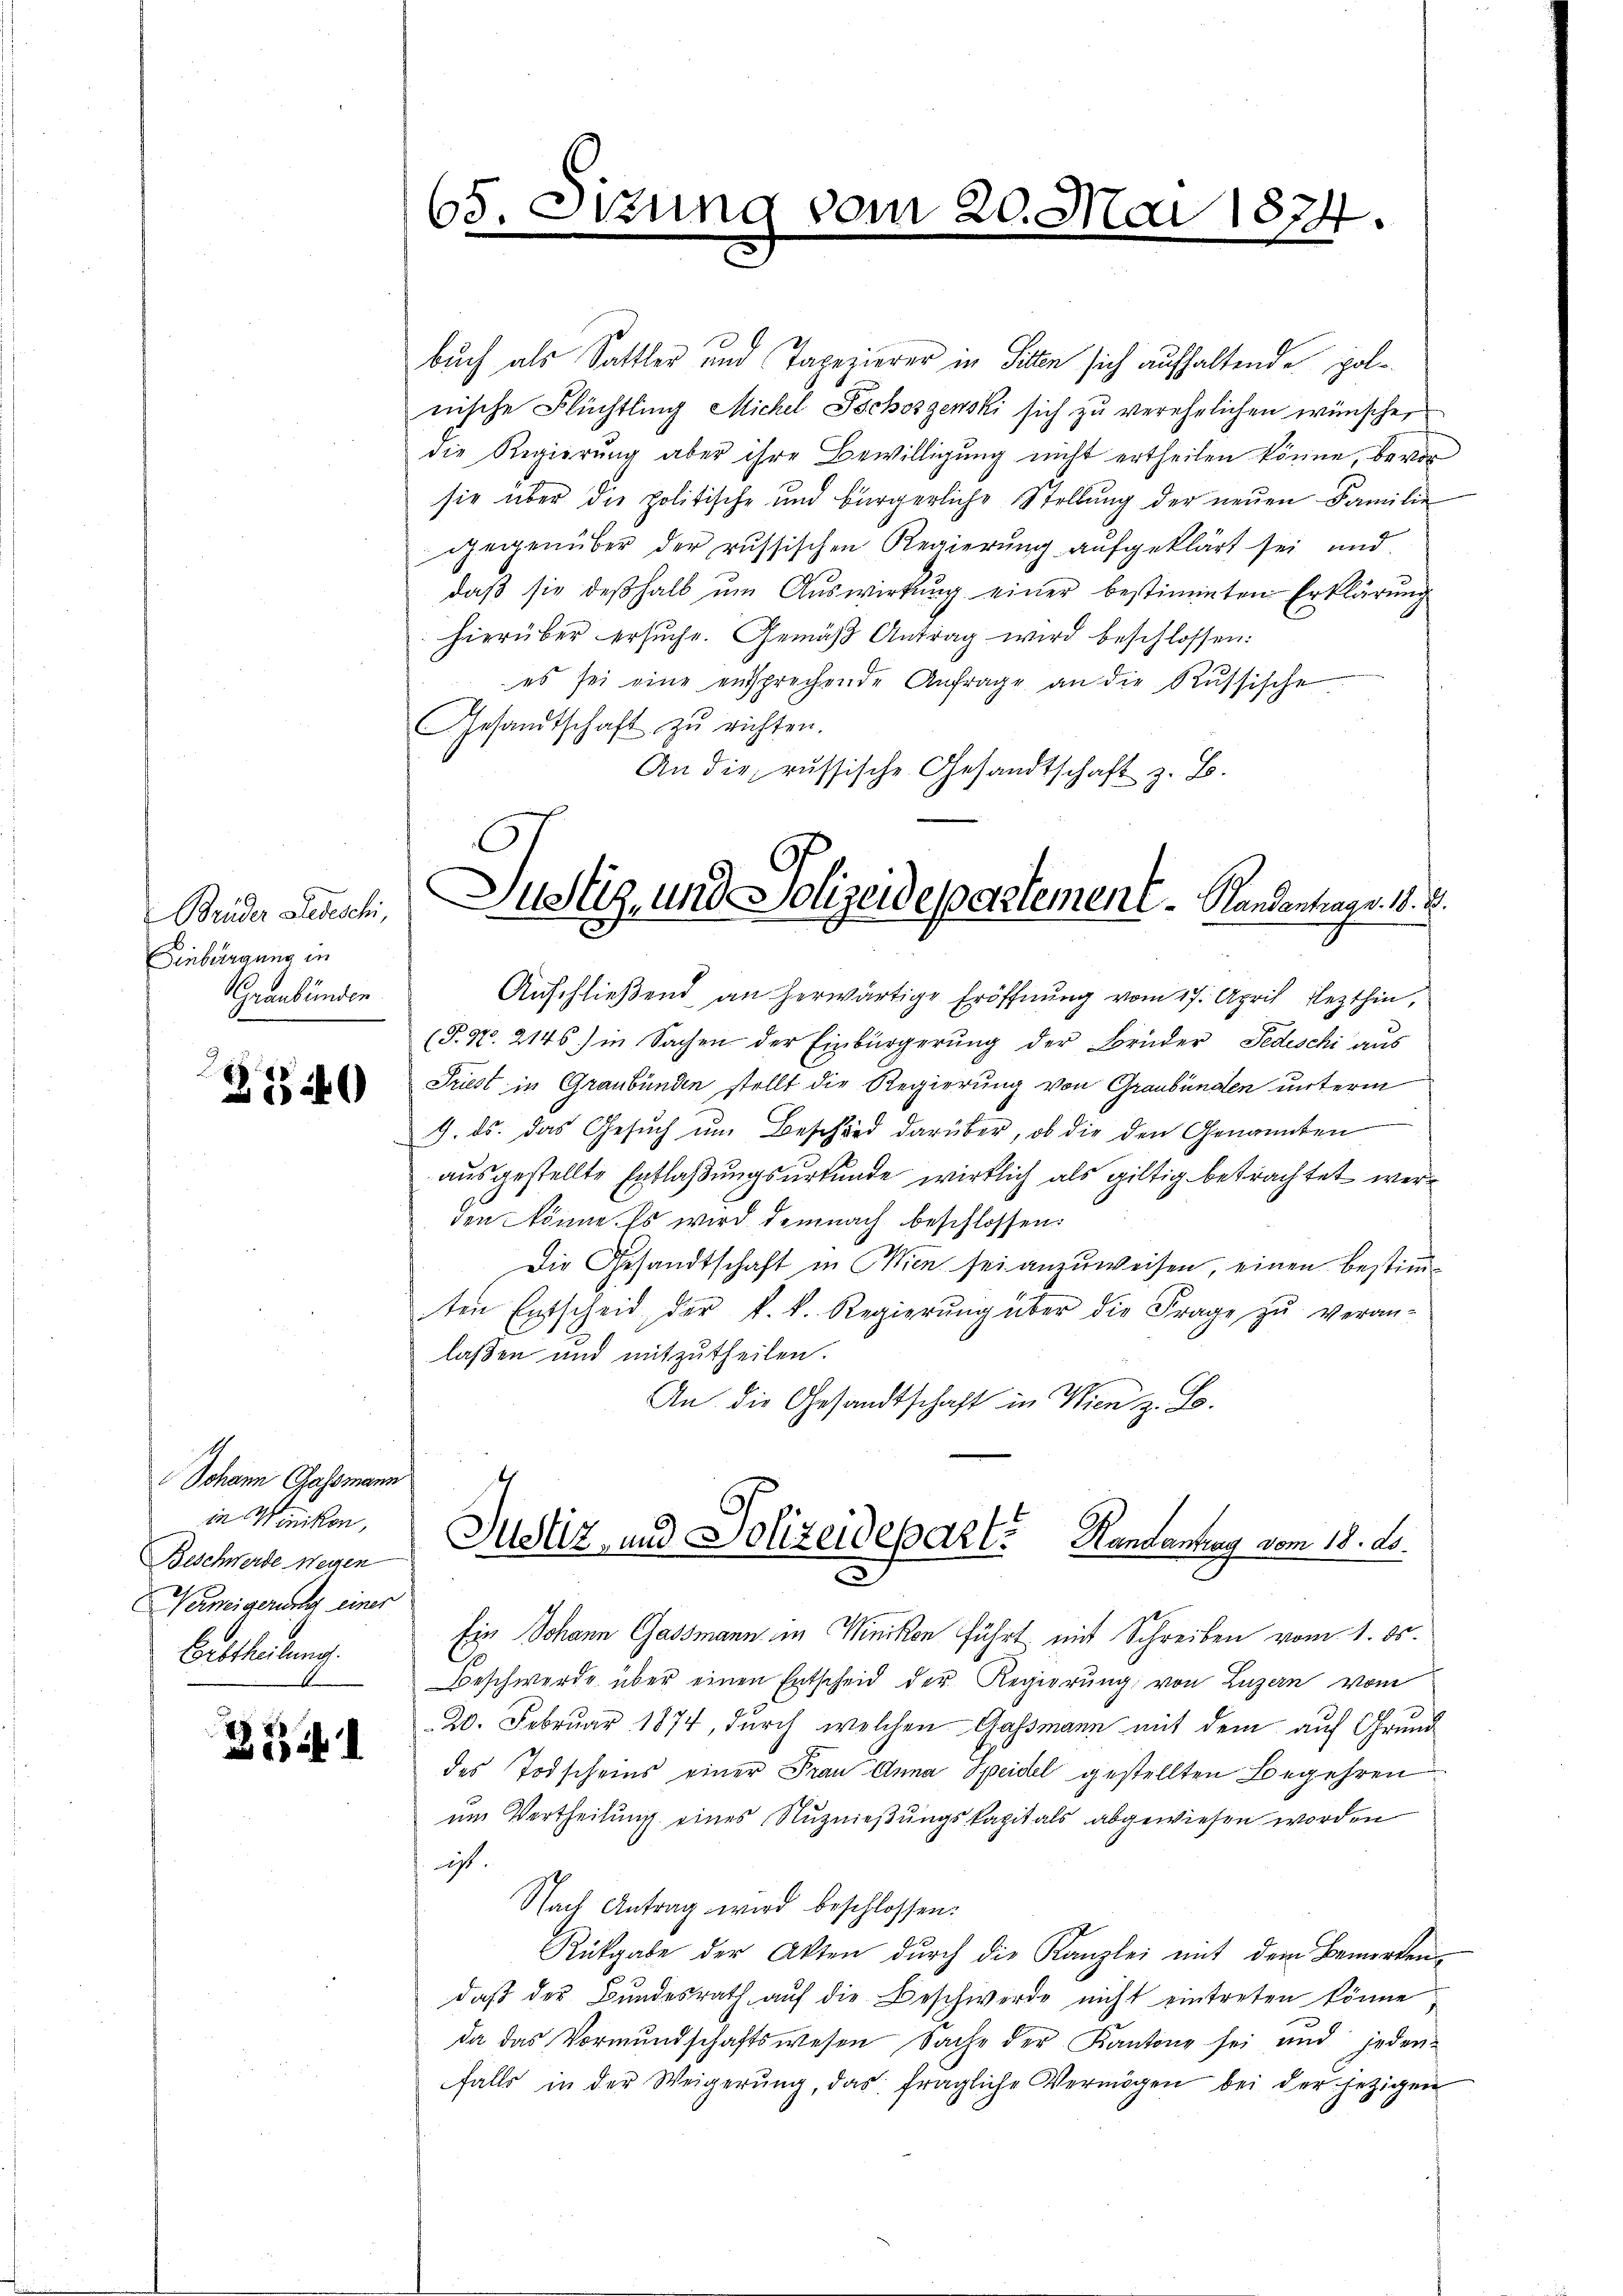
Brüder Beseschi,
Einbürgung in
Graubünden

140

Johann Gassmann
in Winikon,
Beschwerde Wegen
Verweigerung einer
Erbtheilung.

331

65. Sizune

dem

20. S

buch als Sattler und Tapezierer in Sitten sich aufhaltende polnische Flüchtling Michel Pochoszenski sich zu verehelichen wünscher
die Regierung aber ihre Bewilligung nicht ertheilen könne, bevor
sie über die politische und bürgerliche Stellŭng der neŭen Familie
gegenüber der russischen Regierung aufgeklärt sei und
daβ sie deβhalb um Auswirkung einer bestimmten Erklärung
hierüber ersuche. Gemäß Antrag wird beschlossen:
es sei eine entsprechende Anfrage an die Russische
GGesandtschaft zŭ richten.
An die russische Gesandtschaft z. B.
Anschließend an herwärtige Eröffnung vom 17. April lezthin,
(P. N. 2146) in Sachen der Einbürgerung der Brüder Fedischi aus
Priest in Graubünden stellt die Regierung von Graubünden unterm
9. ds. das Gesuch um Beschied darüber, ob die den Genannten
ausgestellte Entlaßungsurkunde wirklich als giltig betrachtet werden könne. Es wird demnach beschlossen:
Die Gesandtschaft in Wien sei anzuweisen, einen Bestimten Entscheid der k. k. Regierŭng über die Frage zŭ veran-
laßen und mitzutheilen.
An die Gesandtschaft in Wien z. B.
Justiz- und Polizeideparte Handantrag vom 18. ds.
Ein Johann Gassmann im Winikon führt mit Schreiben vom 1. ds.
eschwerde über einen Entscheid der Regierung von Luzern vom
20. Februar 1874, durch welchen Gassmann mit dem auf Grunddes Todscheins einer Frau Anna Speidel gestellten Begehren
im Vertheilung eines Nuznießungskapitals abgewiesen worden
icht
Nach Antrag wird beschlossen:
Rükgabe der Akten durch die Kanzlei mit dem Bemerken
daß der Bundesrath auf die Beschwerde nicht eintreten könne
da das Vormŭndschaftswesen Sache der Kantone sei und jeden-
falls in der Weigerŭng, das fragliche Vermögen bei der jezigen

Justiz, und Solizeidepartement. Handentrag v. 18. d.

a1874.